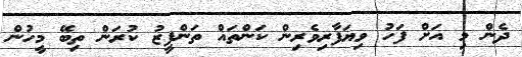
ދެން މި އަށް ފަހު ވިޔަފާރިވެރިން ކަންތައް ތަންފީޒު ކުރަން ތިބޭ މީހުން